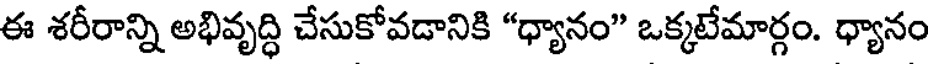
ఈ శరీరాన్ని అభివృద్ధి చేసుకోవడానికి "ధ్యానం" ఒక్కటేమార్గం. ధ్యానం